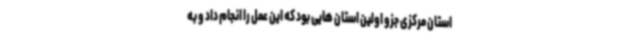
استان مرکزی جزو اولین استان هایی بود که این عمل را انجام داد و به